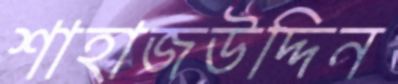
শাহাজউদ্দিন